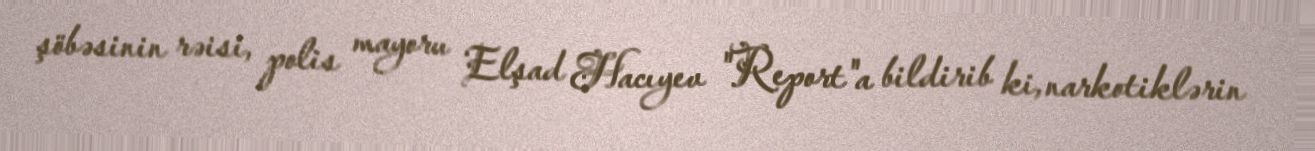
şöbəsinin rəisi, polis mayoru Elşad Hacıyev "Report"a bildirib ki, narkotiklərin